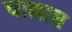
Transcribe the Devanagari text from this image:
चाल्लास